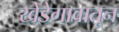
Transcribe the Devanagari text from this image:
खेडेगावातून